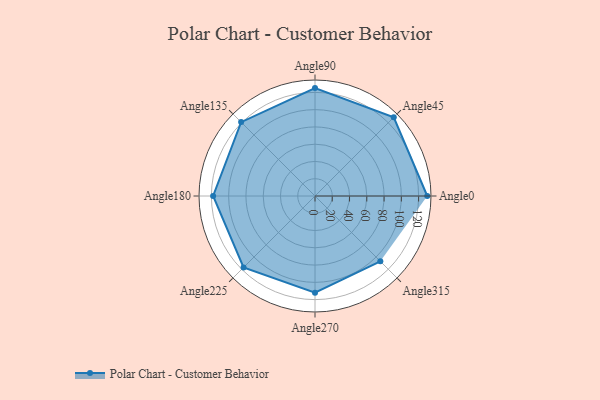
{"axis": {"x": "Angle", "y": "Radius"}, "legend": [""], "data": [{"x": "Angle0", "y": 130.0, "type": ""}, {"x": "Angle45", "y": 129.0, "type": ""}, {"x": "Angle90", "y": 125.0, "type": ""}, {"x": "Angle135", "y": 121.0, "type": ""}, {"x": "Angle180", "y": 118.0, "type": ""}, {"x": "Angle225", "y": 117.0, "type": ""}, {"x": "Angle270", "y": 112.0, "type": ""}, {"x": "Angle315", "y": 107.0, "type": ""}]}